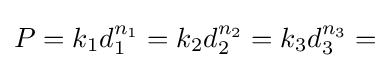
P=k_{1}d_{1}^{n_{1}}=k_{2}d_{2}^{n_{2}}=k_{3}d_{3}^{n_{3}}=